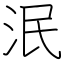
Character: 泯